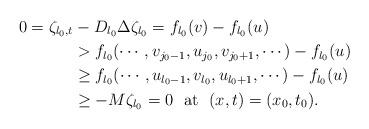
LaTeX: \begin{align*}0=\zeta_{l_0,t}&-D_{l_0}\Delta \zeta_{l_0}=f_{l_0}(v)-f_{l_0}(u)\\&> f_{l_0}(\cdots,v_{j_0-1},u_{j_0},v_{j_0+1},\cdots)-f_{l_0}(u)\\&\geq f_{l_0}(\cdots,u_{l_0-1},v_{l_0},u_{l_0+1},\cdots)-f_{l_0}(u)\\&\geq-M\zeta_{l_0}=0\ \ {\rm at}\ \ (x,t)=(x_0,t_0).\end{align*}